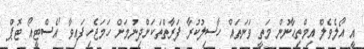
އީ އޯލެވެލް އިމްތިޙާނުން މަތީ ވަނަތައް ހާސިލުކުރާ ފަރާތްތަކަށްދިނުމަށް ހަމަޖެހިފައިވާ 'އެސްޓީއޯ ޓޮޕް